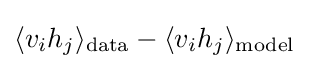
\langle v_{i}h_{j}\rangle _{\text{data}}-\langle v_{i}h_{j}\rangle _{\text{model}}